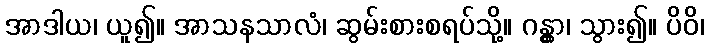
အာဒါယ၊ ယူ၍။ အာသနသာလံ၊ ဆွမ်းစားစရပ်သို့။ ဂန္တွာ၊ သွား၍။ ပိဝိ၊